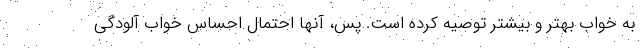
به خواب بهتر و بیشتر توصیه کرده است. پس، آنها احتمال احساس خواب آلودگی